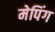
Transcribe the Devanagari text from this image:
मेपिंग